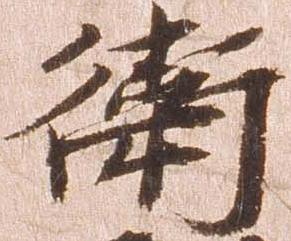
衛